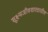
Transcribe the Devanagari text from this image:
सूक्ष्मजीवशास्त्रातील